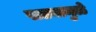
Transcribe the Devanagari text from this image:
सड्यामुळे